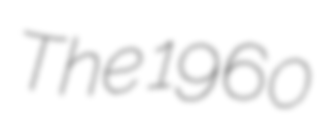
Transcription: The 1960